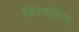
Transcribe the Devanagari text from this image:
विप्रवादिता